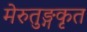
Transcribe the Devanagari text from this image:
मेरुतुङ्गकृत